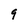
Character: 9